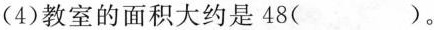
(4)教室的面积大约是48()。